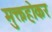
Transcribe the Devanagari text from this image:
मुक्तहोकर